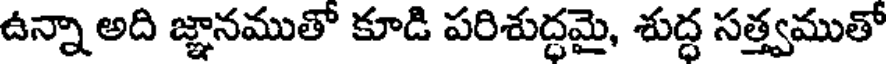
ఉన్నా అది జ్ఞానముతో కూడి పరిశుద్ధమై, శుద్ధ సత్త్వముతో